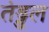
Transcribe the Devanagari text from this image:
तंड्डल